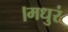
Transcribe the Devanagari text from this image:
।मधुरं